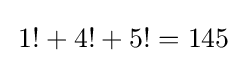
\,1!+4!+5!=145